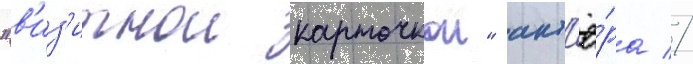
"в'из'итнои карточкои" акт'ё́ра //